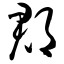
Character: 郡